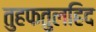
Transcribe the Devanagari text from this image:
तुहफतुलहिद